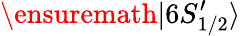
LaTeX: \ensuremath{|6S_{1/2}^{\prime}\rangle}